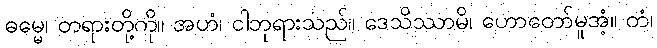
ဓမ္မေ၊ တရားတို့ကို။ အဟံ၊ ငါဘုရားသည်။ ဒေသိဿာမိ၊ ဟောတော်မူအံ့။ တံ၊